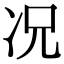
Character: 况